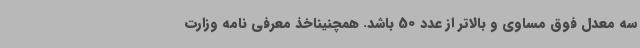
سه معدل فوق مساوی و بالاتر از عدد 50 باشد. همچنیناخذ معرفی نامه وزارت